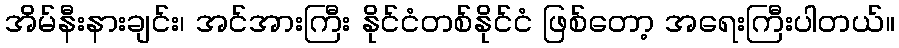
အိမ်နီးနားချင်း၊ အင်အားကြီး နိုင်ငံတစ်နိုင်ငံ ဖြစ်တော့ အရေးကြီးပါတယ်။